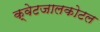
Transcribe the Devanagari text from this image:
क्वेटजालकोटल